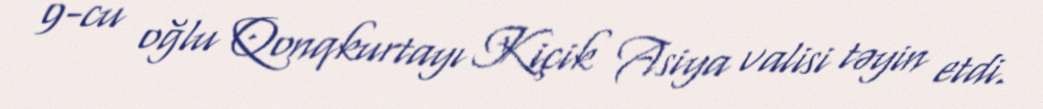
9-cu oğlu Qonqkurtayı Kiçik Asiya valisi təyin etdi.